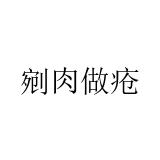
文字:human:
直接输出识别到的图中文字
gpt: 剜肉做疮